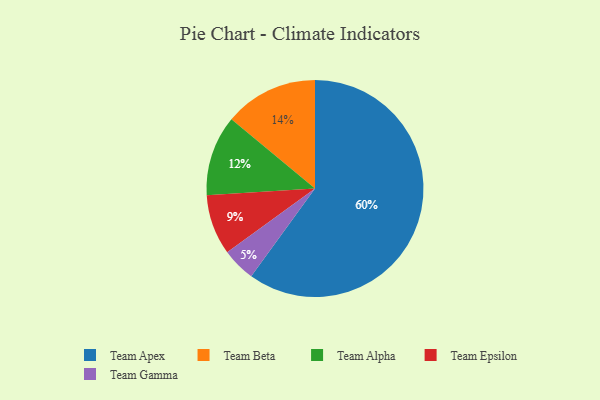
{"axis": {"x": "Category", "y": "Percentage"}, "legend": ["Team Alpha", "Team Apex", "Team Beta", "Team Epsilon", "Team Gamma"], "data": [{"x": "Team Epsilon", "y": 9, "type": "Team Epsilon"}, {"x": "Team Beta", "y": 14, "type": "Team Beta"}, {"x": "Team Gamma", "y": 5, "type": "Team Gamma"}, {"x": "Team Alpha", "y": 12, "type": "Team Alpha"}, {"x": "Team Apex", "y": 60, "type": "Team Apex"}]}